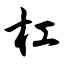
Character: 杠